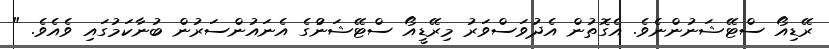
ރޭޑިއޯ ސްޓޭޝަނުންނެވެ. އެގޮތުން އެދުވަސްވަރު މިރޭޑީއޯ ސްޓޭޝަނުްގެ އެނައުންސަރުން ބުނާކަމުގައި ވެއެވެ. "